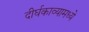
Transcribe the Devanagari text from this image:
दीर्घकाव्यामध्ये